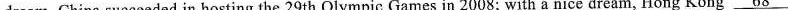
dream, China succeeded in hosting the 29th Olympic Games in 2008; with a nice dream, Hong Kong \underline{ 68}